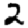
Digit: 2